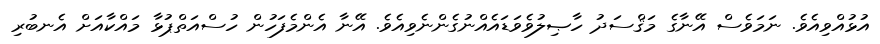
އުޅުއްވިއެވެ. ނަމަވެސް އޭނާގެ މަޤްސަދު ހާޞިލުވެވަޑައެއްނުގެންނެވިއެވެ. އޭނާ އެންމެފަހުން ހުސްއަތްޕުޅާ މައްކާއަށް އެނބުރި